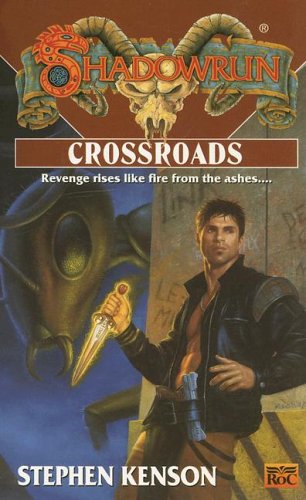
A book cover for Shadowrun: Crossroads (FAS5742) (Shadowrun (Fanpro)); FanPro; Science Fiction & Fantasy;